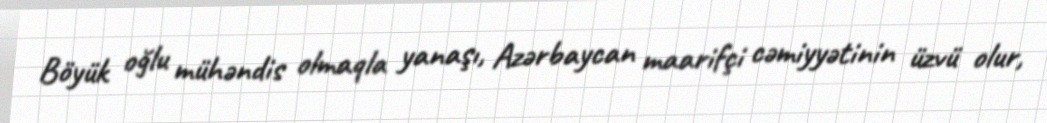
Böyük oğlu mühəndis olmaqla yanaşı, Azərbaycan maarifçi cəmiyyətinin üzvü olur,